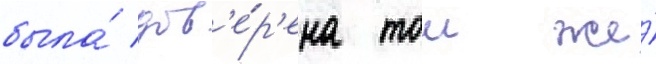
была́ дов'е́р'ена тои же́